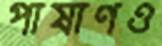
পাষাণও